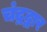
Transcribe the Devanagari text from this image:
चंद्रद्वार